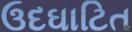
ઉદઘાટિત